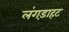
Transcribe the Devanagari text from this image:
लंगड़ाहट